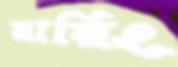
মায়িং